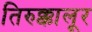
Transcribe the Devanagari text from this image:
तिरुक्कालूर